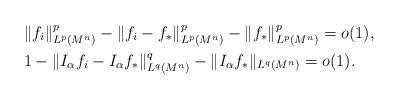
LaTeX: \begin{align*}&\|f_i\|_{L^p(M^n)}^p-\|f_i-f_*\|_{L^p(M^n)}^p-\|f_*\|_{L^p(M^n)}^p=o(1),\\&1-\|I_{\alpha}f_i-I_{\alpha}f_*\|_{L^q(M^n)}^q-\|I_{\alpha}f_*\|_{L^q(M^n)}=o(1).\end{align*}